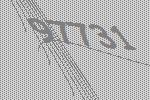
97731